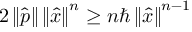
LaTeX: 2 \left\| { \hat { p } } \right\| \left\| { \hat { x } } \right\| ^ { n } \geq n \hbar \left\| { \hat { x } } \right\| ^ { n - 1 }